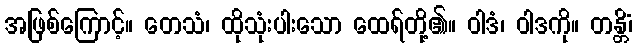
အဖြစ်ကြောင့်။ တေသံ၊ ထိုသုံးပါးသော ထေရ်တို့၏။ ဝါဒံ၊ ဝါဒကို။ တန္တိံ၊